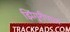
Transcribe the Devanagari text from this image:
झिंगुरीपाल